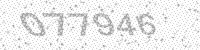
Solution: 077946